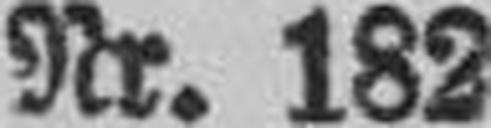
Nr. 182